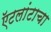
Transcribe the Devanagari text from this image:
ऍटलांटाचा